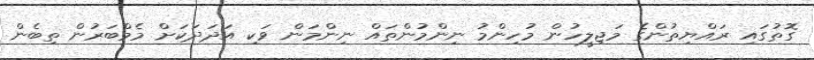
ގޮތުގައި ރައްޔިތުންގެ މަޖިލީހުން މުހިންމު ނިންމުންތައް ނިންމަން ވަކި އަދަދަކަށް މެމްބަރުން ތިބެން